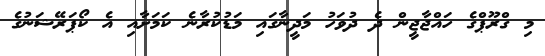
މި ގްރޫޕްގެ ހައްޖާޖީން ދެ ދުވަހު މަދީނާގައި މަޑުކުރާނެ ކަމަށާއި އެ ކޯޕަރޭޝަނުގެ